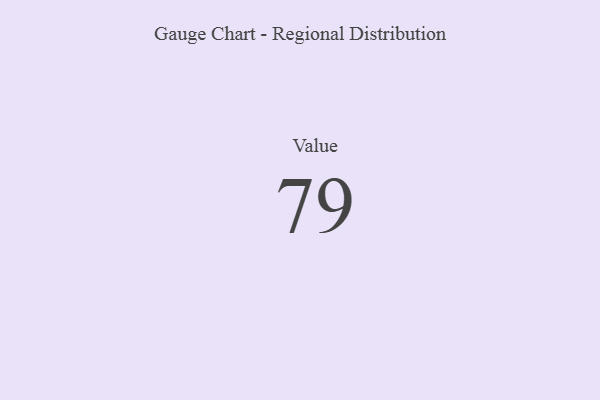
{"axis": {"x": "Metric", "y": "Value"}, "legend": [""], "data": [{"x": "Value", "y": 79, "type": ""}]}